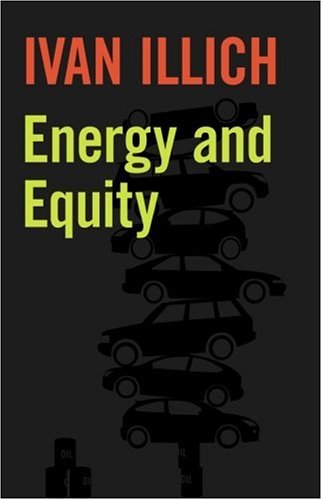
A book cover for Energy and Equity (Ideas in Progress); Ivan Illich; Politics & Social Sciences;